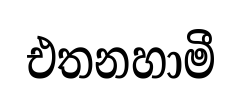
එතනහාමී